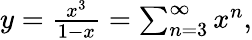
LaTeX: \textstyle y={\frac{x^{3}}{1-x}}=\sum_{n=3}^{\infty}x^{n},